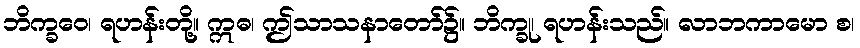
ဘိက္ခဝေ၊ ရဟန်းတို့။ ဣဓ၊ ဤသာသနာတော်၌။ ဘိက္ခု၊ ရဟန်းသည်။ လာဘကာမော စ၊